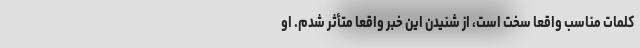
کلمات مناسب واقعاً سخت است، از شنیدن این خبر واقعاً متأثر شدم. او